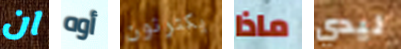
ان أوه يكترثون ماذا ليدي